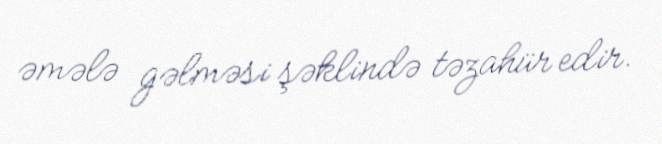
əmələ gəlməsi şəklində təzahür edir.